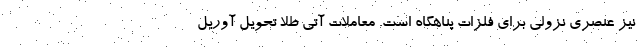
نیز عنصری نزولی برای فلزات پناهگاه است. معاملات آتی طلا تحویل آوریل